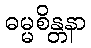
ဓမ္မစိန္တနာ